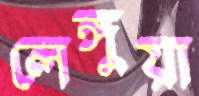
লেঙ্গুয়া